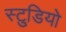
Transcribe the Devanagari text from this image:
स्टु्डियो